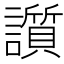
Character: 䜠